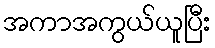
အကာအကွယ်ယူပြီး